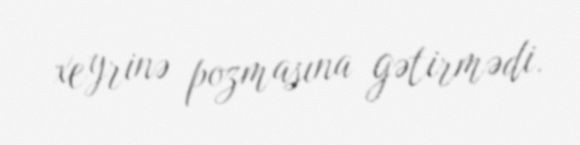
xeyrinə pozmasına gətirmədi.